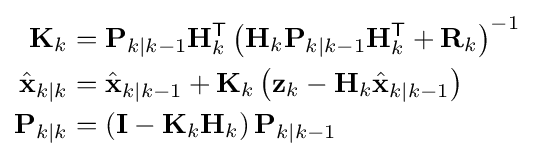
{\begin{aligned}\mathbf {K} _{k}&=\mathbf {P} _{k\mid k-1}\mathbf {H} _{k}^{\textsf {T}}\left(\mathbf {H} _{k}\mathbf {P} _{k\mid k-1}\mathbf {H} _{k}^{\textsf {T}}+\mathbf {R} _{k}\right)^{-1}\\{\hat {\mathbf {x} }}_{k\mid k}&={\hat {\mathbf {x} }}_{k\mid k-1}+\mathbf {K} _{k}\left(\mathbf {z} _{k}-\mathbf {H} _{k}{\hat {\mathbf {x} }}_{k\mid k-1}\right)\\\mathbf {P} _{k\mid k}&=\left(\mathbf {I} -\mathbf {K} _{k}\mathbf {H} _{k}\right)\mathbf {P} _{k\mid k-1}\end{aligned}}